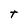
Character: t